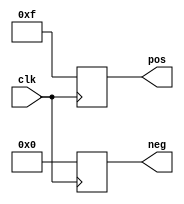
module dp(pos,neg,clk);
input clk;
output reg[3:0] pos,neg;
always@(posedge clk)
	begin
	pos <= 4'b1111;
	neg <= 4'b0000;
	end
	
endmodule